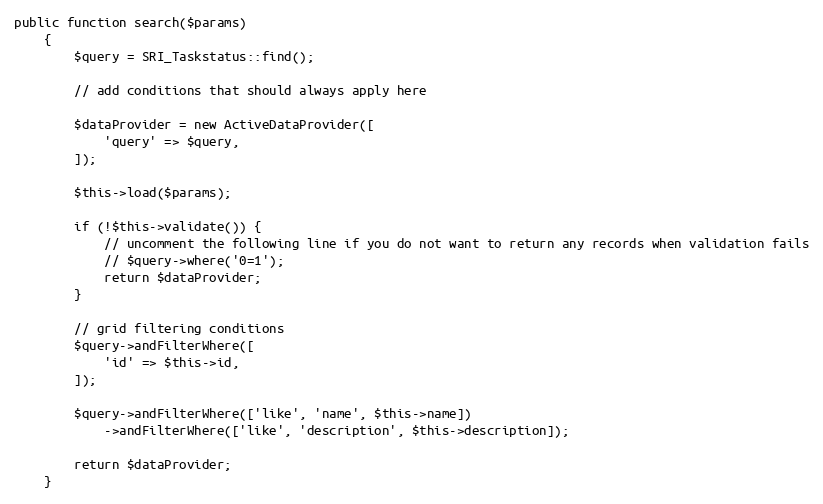
Language: PHP
public function search($params)
    {
        $query = SRI_Taskstatus::find();

        // add conditions that should always apply here

        $dataProvider = new ActiveDataProvider([
            'query' => $query,
        ]);

        $this->load($params);

        if (!$this->validate()) {
            // uncomment the following line if you do not want to return any records when validation fails
            // $query->where('0=1');
            return $dataProvider;
        }

        // grid filtering conditions
        $query->andFilterWhere([
            'id' => $this->id,
        ]);

        $query->andFilterWhere(['like', 'name', $this->name])
            ->andFilterWhere(['like', 'description', $this->description]);

        return $dataProvider;
    }